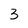
Character: 3